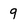
Character: 9